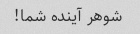
شوهر آینده شما!